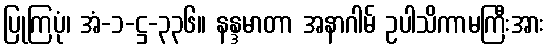
ပြုကြပုံ၊ အံ-၁-ဋ္ဌ-၃၃၆။ နန္ဒမာတာ အနာဂါမ် ဥပါသိကာမကြီးအား